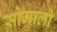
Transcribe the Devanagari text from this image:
सोमालो